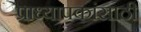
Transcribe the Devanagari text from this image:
प्राध्यापकांसाठी